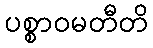
ပစ္စာဝမတီတိ